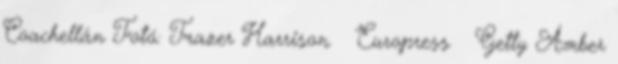
Coachellán Fotó: Frazer Harrison Europress Getty Amber